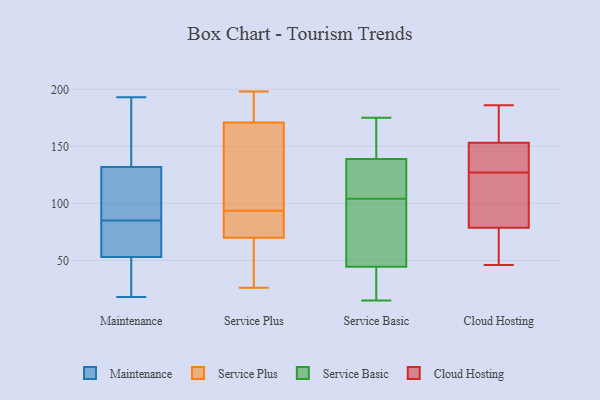
{"axis": {"x": "Gross Profit (USD K)", "y": "Value"}, "legend": ["Cloud Hosting", "Maintenance", "Service Basic", "Service Plus"], "data": [{"x": "", "y": 106, "type": "Maintenance"}, {"x": "", "y": 65, "type": "Maintenance"}, {"x": "", "y": 49, "type": "Maintenance"}, {"x": "", "y": 136, "type": "Maintenance"}, {"x": "", "y": 171, "type": "Maintenance"}, {"x": "", "y": 97, "type": "Maintenance"}, {"x": "", "y": 178, "type": "Maintenance"}, {"x": "", "y": 18, "type": "Maintenance"}, {"x": "", "y": 32, "type": "Maintenance"}, {"x": "", "y": 81, "type": "Maintenance"}, {"x": "", "y": 85, "type": "Maintenance"}, {"x": "", "y": 193, "type": "Maintenance"}, {"x": "", "y": 69, "type": "Maintenance"}, {"x": "", "y": 120, "type": "Maintenance"}, {"x": "", "y": 33, "type": "Maintenance"}, {"x": "", "y": 76, "type": "Service Plus"}, {"x": "", "y": 152, "type": "Service Plus"}, {"x": "", "y": 191, "type": "Service Plus"}, {"x": "", "y": 28, "type": "Service Plus"}, {"x": "", "y": 70, "type": "Service Plus"}, {"x": "", "y": 198, "type": "Service Plus"}, {"x": "", "y": 171, "type": "Service Plus"}, {"x": "", "y": 111, "type": "Service Plus"}, {"x": "", "y": 70, "type": "Service Plus"}, {"x": "", "y": 26, "type": "Service Plus"}, {"x": "", "y": 15, "type": "Service Basic"}, {"x": "", "y": 105, "type": "Service Basic"}, {"x": "", "y": 154, "type": "Service Basic"}, {"x": "", "y": 103, "type": "Service Basic"}, {"x": "", "y": 66, "type": "Service Basic"}, {"x": "", "y": 107, "type": "Service Basic"}, {"x": "", "y": 172, "type": "Service Basic"}, {"x": "", "y": 23, "type": "Service Basic"}, {"x": "", "y": 74, "type": "Service Basic"}, {"x": "", "y": 124, "type": "Service Basic"}, {"x": "", "y": 175, "type": "Service Basic"}, {"x": "", "y": 18, "type": "Service Basic"}, {"x": "", "y": 127, "type": "Cloud Hosting"}, {"x": "", "y": 84, "type": "Cloud Hosting"}, {"x": "", "y": 186, "type": "Cloud Hosting"}, {"x": "", "y": 151, "type": "Cloud Hosting"}, {"x": "", "y": 108, "type": "Cloud Hosting"}, {"x": "", "y": 181, "type": "Cloud Hosting"}, {"x": "", "y": 127, "type": "Cloud Hosting"}, {"x": "", "y": 46, "type": "Cloud Hosting"}, {"x": "", "y": 47, "type": "Cloud Hosting"}, {"x": "", "y": 154, "type": "Cloud Hosting"}, {"x": "", "y": 77, "type": "Cloud Hosting"}]}